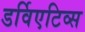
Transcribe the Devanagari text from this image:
डर्विएटिव्स